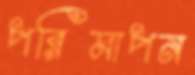
পরিমাপন